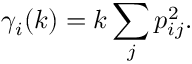
\gamma _ { i } ( k ) = k \sum _ { j } p _ { i j } ^ { 2 } .